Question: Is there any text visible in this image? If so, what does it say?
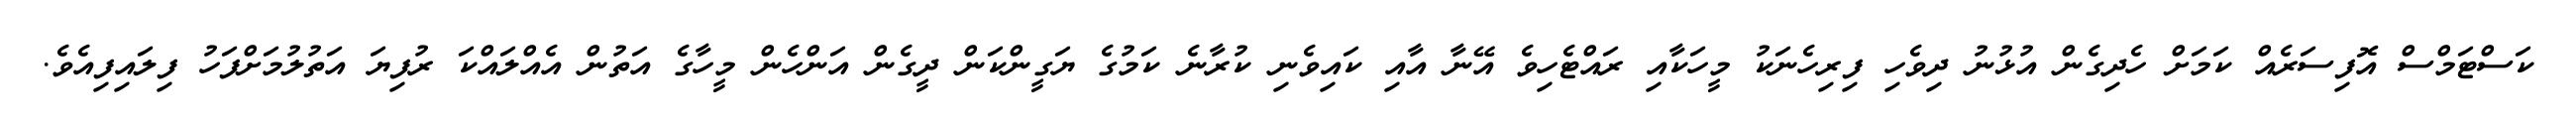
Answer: ކަސްޓަމްސް އޮފިސަރެއް ކަމަށް ހެދިގެން އުޅުނު ދިވެހި ފިރިހެނަކު މީހަކާއި ރައްޓެހިވެ އޭނާ އާއި ކައިވެނި ކުރާނެ ކަމުގެ ޔަގީންކަން ދީގެން އަންހެން މީހާގެ އަތުން އެއްލައްކަ ރުފިޔަ އަތުލުމަށްފަހު ފިލައިފިއެވެ.